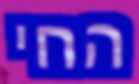
החי